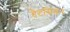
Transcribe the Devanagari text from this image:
हैटसियन